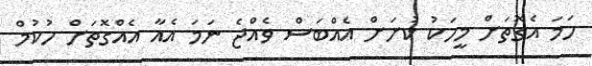
ހަމަ އެގޮތަށް މީހަކު ކުށަށް އެއްބަސް ވެއްޖެ ނަމަ އެއާ އެއްގޮތަށް ހުކުމް